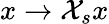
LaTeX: x\rightarrow\mathcal{X}_{s}{x}